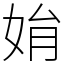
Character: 姢